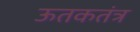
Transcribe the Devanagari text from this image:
ऊतकतंत्र